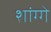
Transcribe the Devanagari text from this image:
शांग्गे